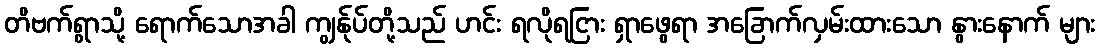
တိဗက်ရွာသို့ ရောက်သောအခါ ကျွန်ုပ်တို့သည် ဟင်း ရလိုရငြား ရှာဖွေရာ အခြောက်လှမ်းထားသော နွားနောက် များ